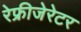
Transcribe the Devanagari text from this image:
रेफ्रीजेरेटर